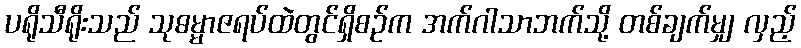
ပရိုသီရိုးသည် သုဓမ္မာဇရပ်ထဲတွင်ရှိစဉ်က အက်ဂါသာဘက်သို့ တစ်ချက်မျှ လှည့်